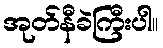
အုတ်နီခဲကြီးပါ။